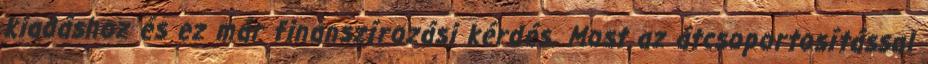
kiadáshoz és ez már finanszírozási kérdés. Most az átcsoportosítással